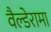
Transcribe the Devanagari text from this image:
वैल्डेरामा